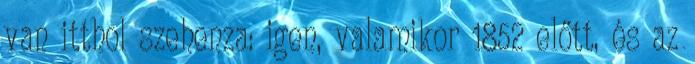
van itthol szehenza: igen, valamikor 1852 előtt, és az